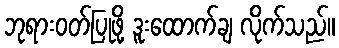
ဘုရားဝတ်ပြုဖို့ ဒူးထောက်ချ လိုက်သည်။